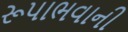
રૂપાભવાની